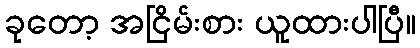
ခုတော့ အငြိမ်းစား ယူထားပါပြီ။